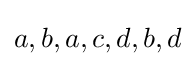
a,b,a,c,d,b,d